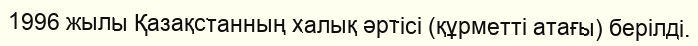
1996 жылы Қазақстанның халық әртісі (құрметті атағы) берілді.